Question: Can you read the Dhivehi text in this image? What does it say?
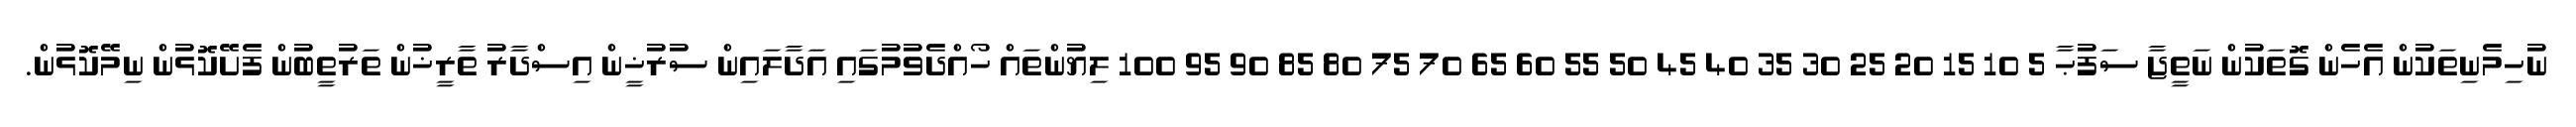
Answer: ނުހިމެނިތަކުން އެހެން ގޮތަކުން ނަތީޖާ ސަފުޙާ 5 10 15 20 25 30 35 40 45 50 55 60 65 70 75 80 85 90 95 100 ލިޔުންތައް ހޯއްދެވުމުގައި އަދާލައިން ސުރުޚީން އިސްދާރު ތާރީޚުން ތަރުތީބުން ފެށޭކޮޅުން ނިމޭކޮޅުން.